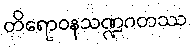
တိရောဝနသဏ္ဍဂတဿ